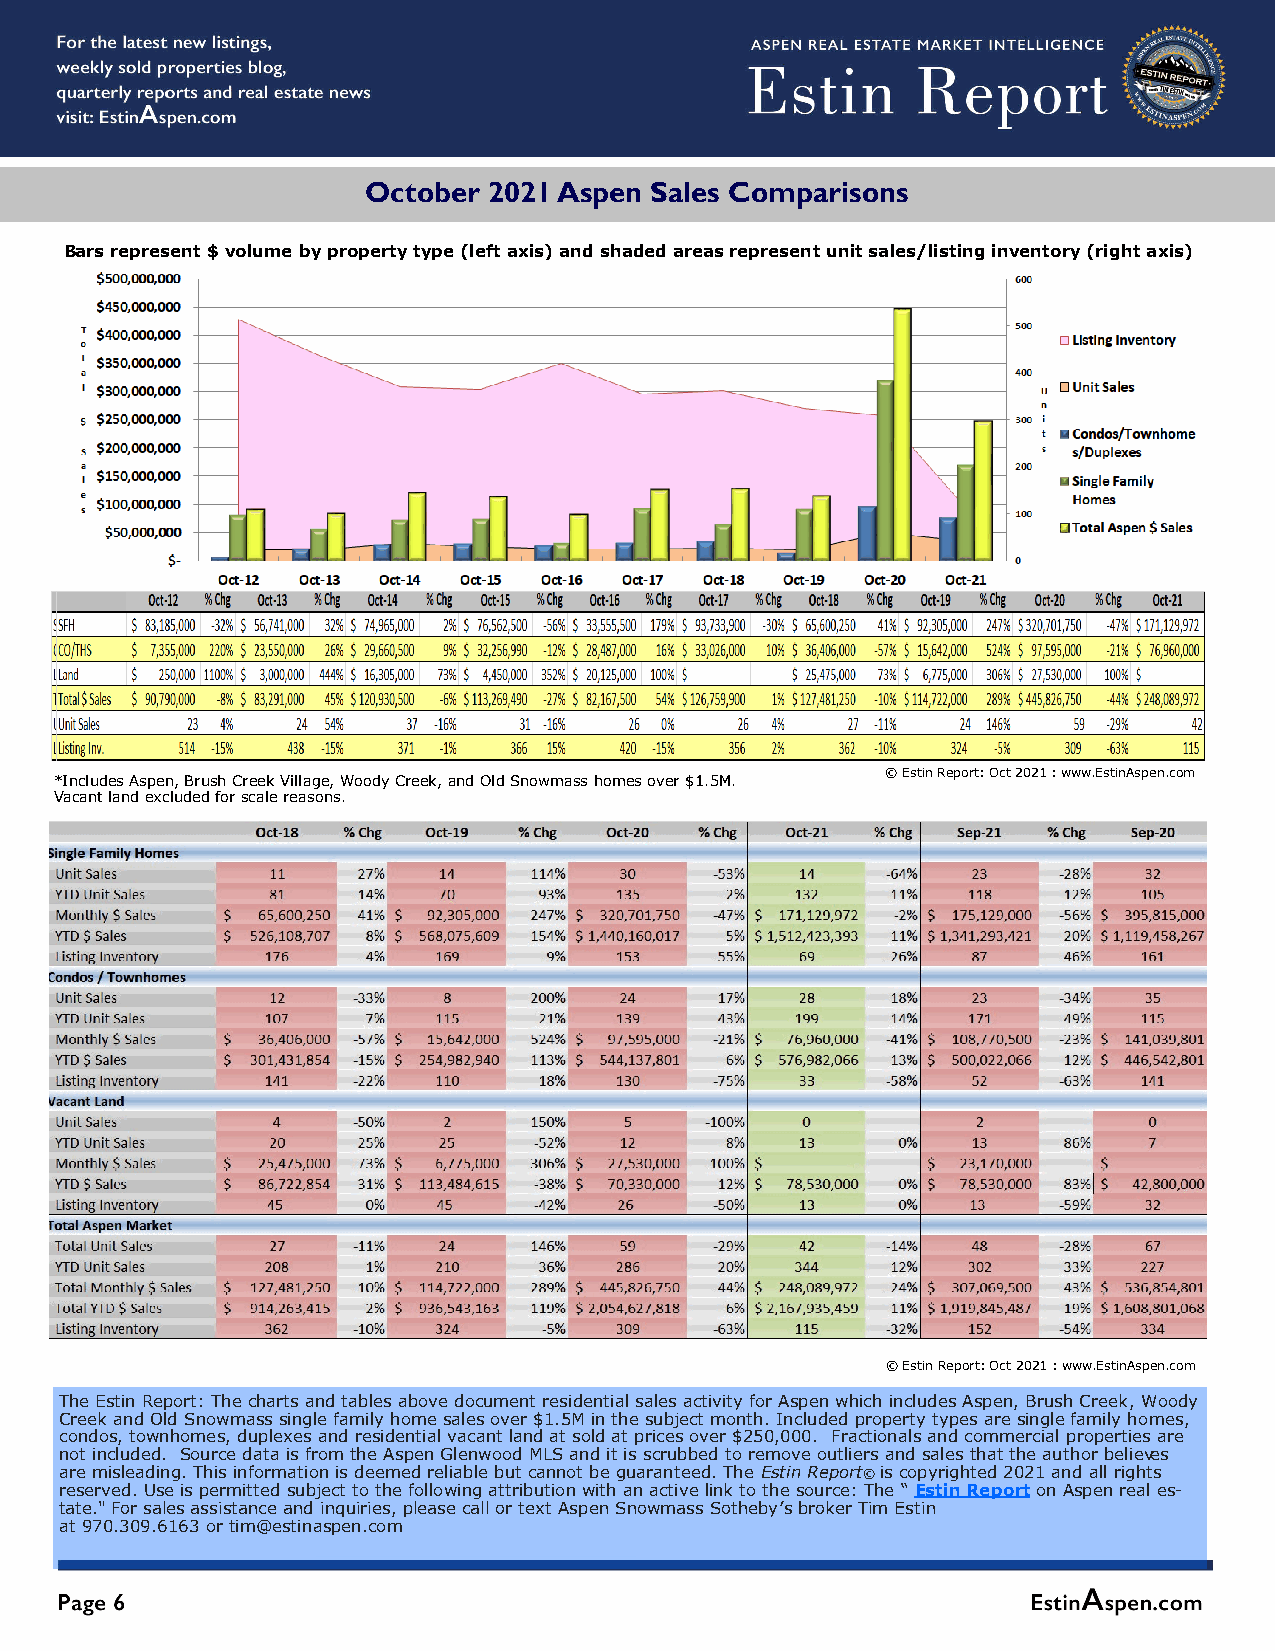
October 2021 Aspen Sales Comparisons
 Bars represent $ volume by property type (left axis) and shaded areas represent unit sales/listing inventory (right axis)
 © Estin Report: Oct 2021 : www.EstinAspen.com
 *Includes Aspen, Brush Creek Village, Woody Creek, and Old Snowmass homes over $1.5M.
 Vacant land excluded for scale reasons.
 © Estin Report: Oct 2021 : www.EstinAspen.com
 The Estin Report: The charts and tables above document residential sales activity for Aspen which includes Aspen, Brush Creek, Woody
 Creek and Old Snowmass single family home sales over $1.5M in the subject month. Included property types are single family homes,
 condos, townhomes, duplexes and residential vacant land at sold at prices over $250,000. Fractionals and commercial properties are
 not included. Source data is from the Aspen Glenwood MLS and it is scrubbed to remove outliers and sales that the author believes
 are misleading. This information is deemed reliable but cannot be guaranteed. The Estin Report© is copyrighted 2021 and all rights
 reserved. Use is permitted subject to the following attribution with an active link to the source: The “ Estin Report on Aspen real es-
 tate." For sales assistance and inquiries, please call or text Aspen Snowmass Sotheby’s broker Tim Estin
 at 970.309.6163 or tim@estinaspen.com